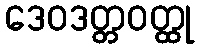
ဒေဝဒတ္တဝတ္ထု